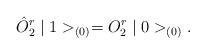
LaTeX: \begin{align*}\hat{O}^{r}_{2}\mid 1>_{(0)}={O}^{r}_{2}\mid 0>_{(0)}.\end{align*}